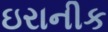
ઇરાનીક